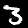
Label: 3